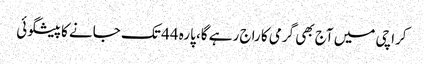
کراچی میں آج بھی گرمی کا راج رہے گا، پارہ 44 تک جانے کا پیشگوئی